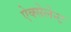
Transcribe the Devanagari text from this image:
ऐक्सेलेन्ट